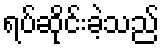
ရပ်ဆိုင်းခဲ့သည်